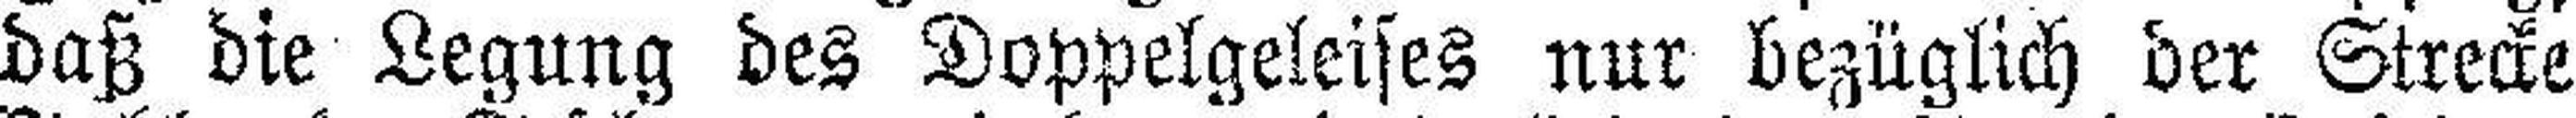
daß die Legung des Doppelgeleises nur bezüglich der Strecke